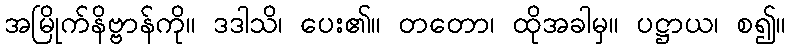
အမြိုက်နိဗ္ဗာန်ကို။ ဒဒါသိ၊ ပေး၏။ တတော၊ ထိုအခါမှ။ ပဋ္ဌာယ၊ စ၍။